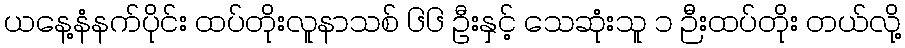
ယနေ့နံနက်ပိုင်း ထပ်တိုးလူနာသစ် ၆၆ ဦးနှင့် သေဆုံးသူ ၁ ဉီးထပ်တိုး တယ်လို့